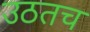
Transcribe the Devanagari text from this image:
उठतच